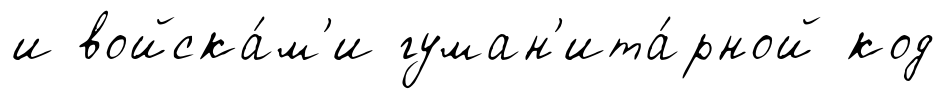
и войска́м'и гуман'ита́рной код